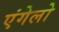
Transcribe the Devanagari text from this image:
एंगेलो